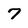
Character: 7